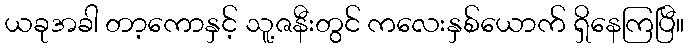
ယခုအခါ တာ့ကောနှင့် သူ့ဇနီးတွင် ကလေးနှစ်ယောက် ရှိနေကြပြီ။